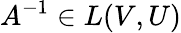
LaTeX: A^{-1}\in L(V,U)